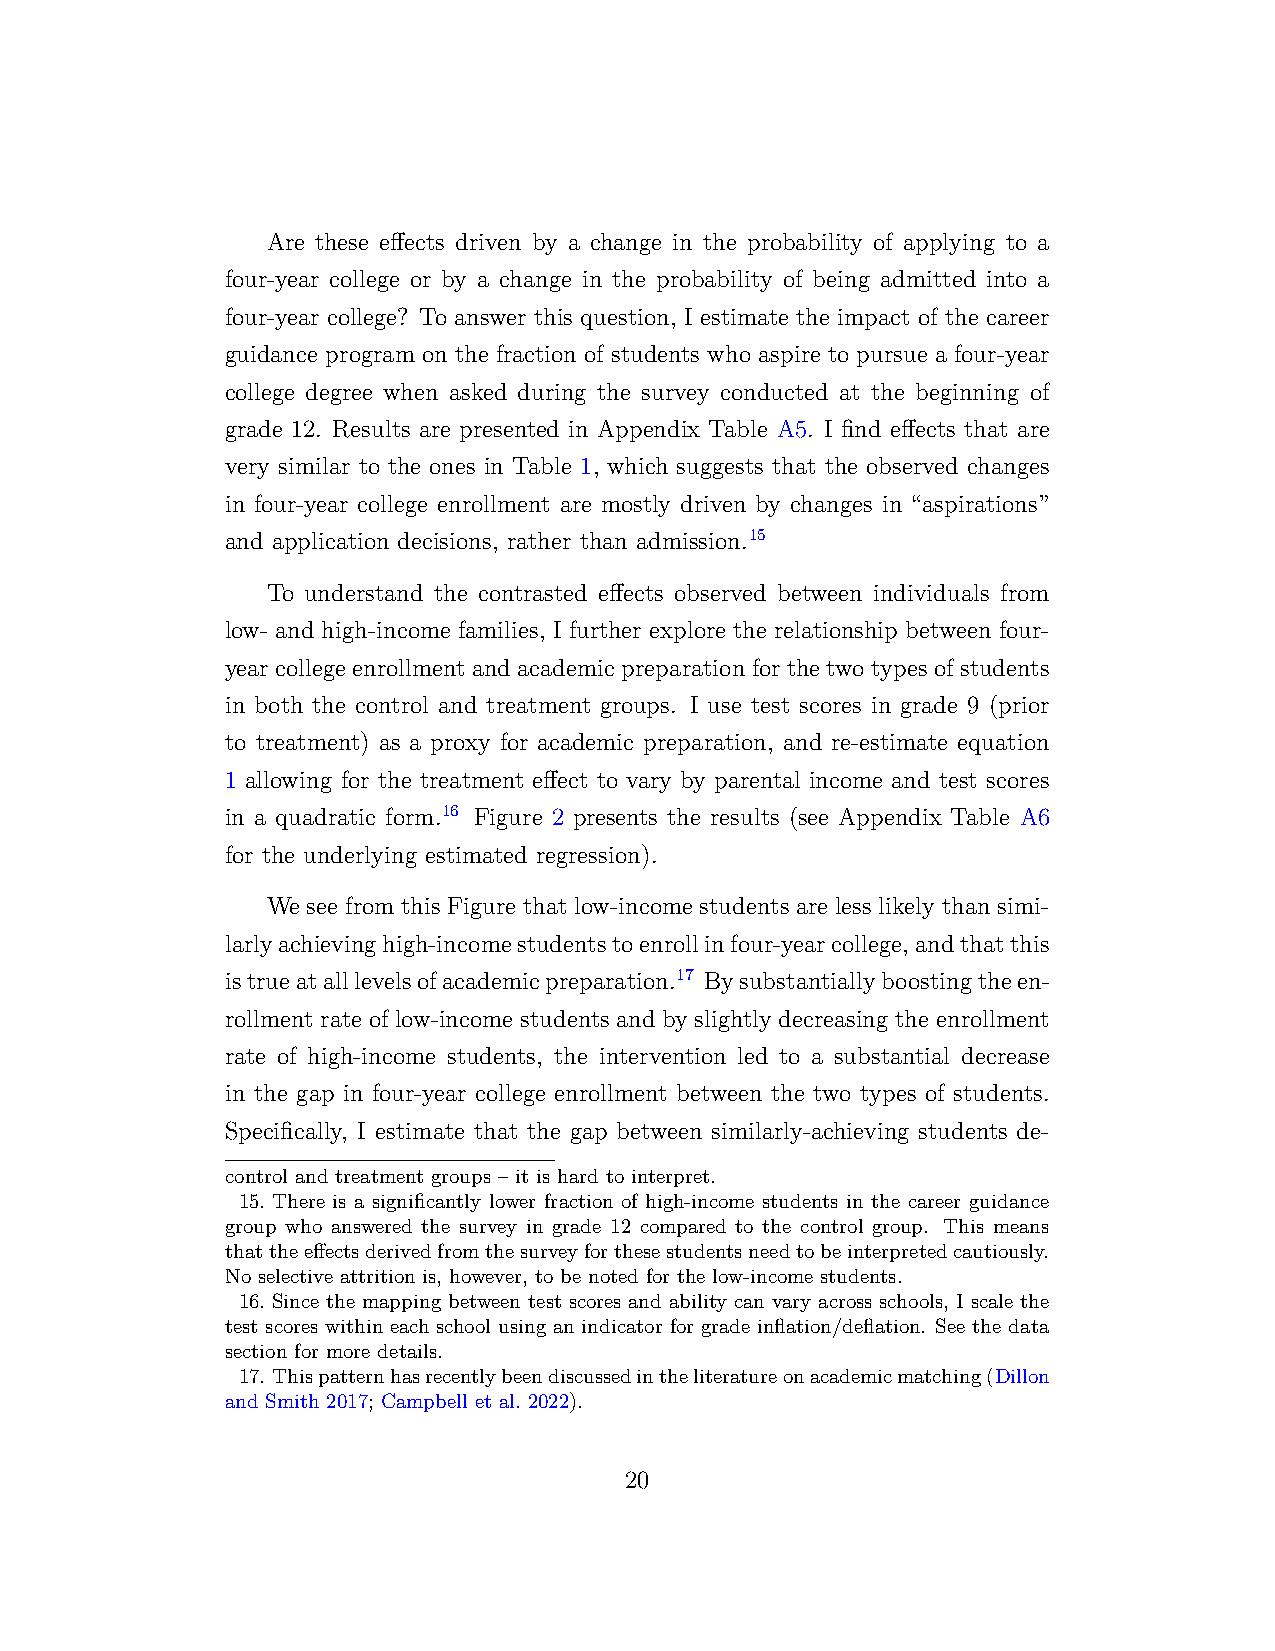
Are these effects driven by a change in the probability of applying to a
 four-year college or by a change in the probability of being admitted into a
 four-year college? To answer this question, I estimate the impact of the career
 guidance program on the fraction of students who aspire to pursue a four-year
 college degree when asked during the survey conducted at the beginning of
 grade 12. Results are presented in Appendix Table A5. I find effects that are
 very similar to the ones in Table 1, which suggests that the observed changes
 in four-year college enrollment are mostly driven by changes in “aspirations”
 and application decisions, rather than admission.15
 To understand the contrasted effects observed between individuals from
 low- and high-income families, I further explore the relationship between four-
 year college enrollment and academic preparation for the two types of students
 in both the control and treatment groups. I use test scores in grade 9 (prior
 to treatment) as a proxy for academic preparation, and re-estimate equation
 1 allowing for the treatment effect to vary by parental income and test scores
 in a quadratic form.16 Figure 2 presents the results (see Appendix Table A6
 for the underlying estimated regression).
 We see from this Figure that low-income students are less likely than simi-
 larlyachievinghigh-incomestudentstoenrollinfour-yearcollege,andthatthis
 istrueatalllevelsofacademicpreparation.17 Bysubstantiallyboostingtheen-
 rollment rate of low-income students and by slightly decreasing the enrollment
 rate of high-income students, the intervention led to a substantial decrease
 in the gap in four-year college enrollment between the two types of students.
 Specifically, I estimate that the gap between similarly-achieving students de-
 control and treatment groups – it is hard to interpret.
 15. There is a significantly lower fraction of high-income students in the career guidance
 group who answered the survey in grade 12 compared to the control group. This means
 thattheeffectsderivedfromthesurveyforthesestudentsneedtobeinterpretedcautiously.
 No selective attrition is, however, to be noted for the low-income students.
 16. Since the mapping between test scores and ability can vary across schools, I scale the
 test scores within each school using an indicator for grade inflation/deflation. See the data
 section for more details.
 17. Thispatternhasrecentlybeendiscussedintheliteratureonacademicmatching(Dillon
 and Smith 2017; Campbell et al. 2022).
 20